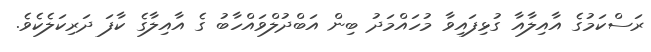
ރަސްކަމުގެ އާއިލާއާ ގުޅިފައިވާ މުހައްމަދު ބިން އަބްދުލްވައްހާބު ގެ އާއިލާގެ ކާފަ ދަރިކަލެކެވެ.